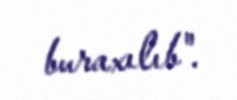
buraxılıb".